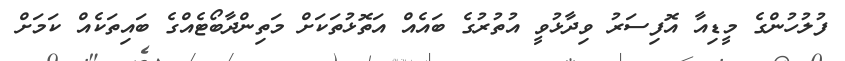
ފުލުހުންގެ މީޑިއާ އޮފިސަރު ވިދާޅުވީ އުތުރުގެ ބައެއް އަތޮޅުތަކަށް މަތިންދާބޯޓެއްގެ ބައިތަކެއް ކަމަށް